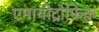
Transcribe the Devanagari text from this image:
एमायोट्रोफिक